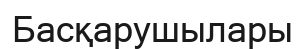
Басқарушылары